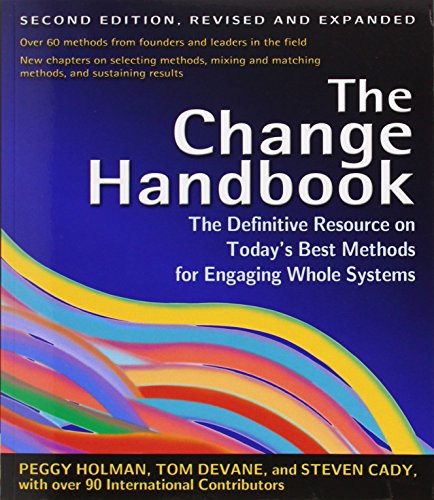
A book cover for The Change Handbook: The Definitive Resource on Today's Best Methods for Engaging Whole Systems; Peggy Holman; Business & Money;